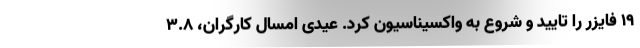
۱۹ فایزر را تایید و شروع به واکسیناسیون کرد. عیدی امسال کارگران، 3.8